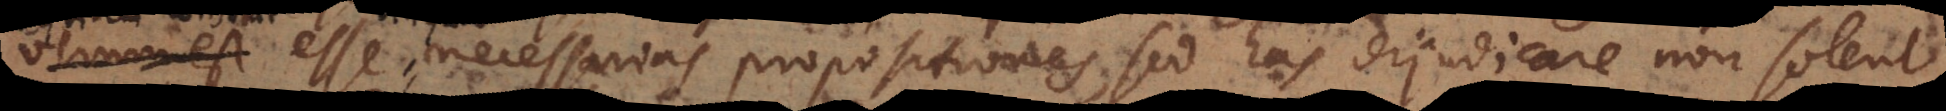
necessarias propositiones, sed has dijudicare non solent